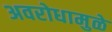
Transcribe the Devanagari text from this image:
अवरोधामुळे